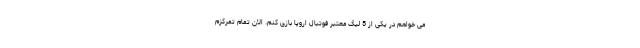
می خواهم در یکی از 5 لیگ معتبر فوتبال اروپا بازی کنم. الان تمام تمرکزم